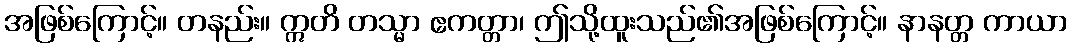
အဖြစ်ကြောင့်။ တနည်း။ ဣတိ တသ္မာ ဧကတ္တာ၊ ဤသို့ထူးသည်၏အဖြစ်ကြောင့်။ နာနတ္တ ကာယာ